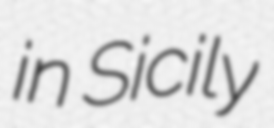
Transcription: in Sicily